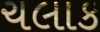
ચલાક